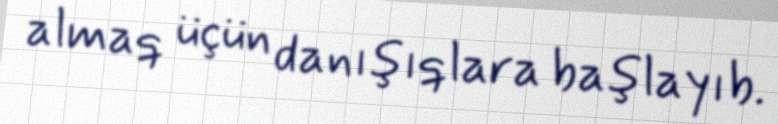
almaq üçün danışıqlara başlayıb.